Civil Veterinary Dept. North-West Frontier Province 1933-46 - 1933-1946
Year: 1933
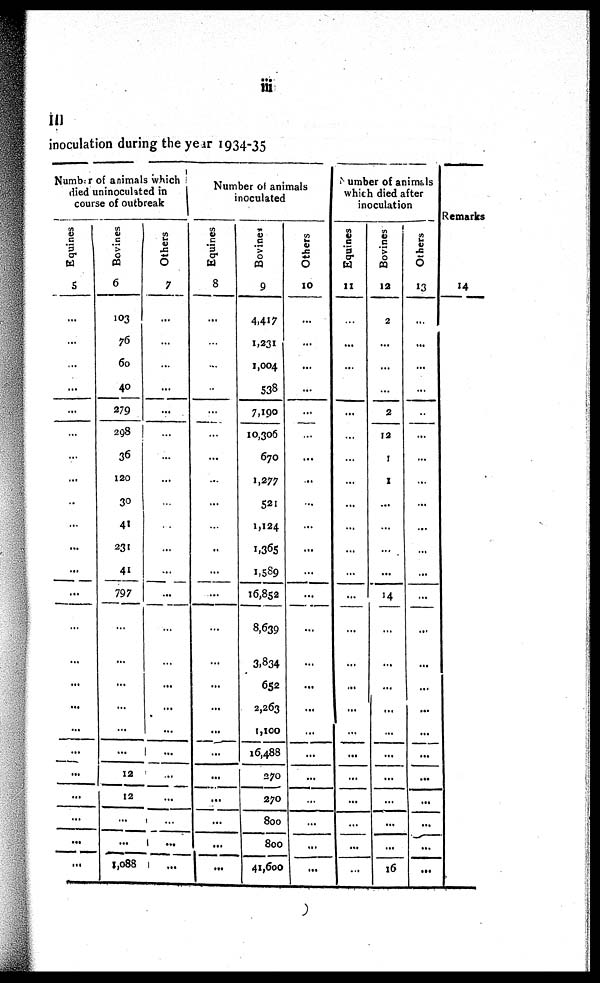
iii
III
inoculation during the year 1934-35
Number of animals which i
died uninoculated in
course of outbreak
Equines
5
...
...
...
...
...
...
...
...
..
...
...
...
...
...
...
...
...
...
...
...
...
...
...
...
Bovines
6
103
76
60
40
279
298
36
120
30
41
231
41
797
...
...
...
...
...
...
12
12
...
...
1,088
Others
7
...
...
...
...
...
...
...
...
...
..
...
...
...
...
...
...
...
...
...
...
...
...
...
...
Number of animals
inoculated
Equines
8
...
...
...
..
...
...
...
...
...
...
..
...
...
...
...
...
...
...
...
...
...
...
...
...
Bovines
9
4,417
1,231
1,004
538
7,190
10,306
670
1,277
521
1,124
1,365
1,589
16,852
8,639
3,834
652
2,263
1,100
16,488
270
270
800
800
41,600
Others
10
...
...
...
...
...
...
...
...
...
...
...
...
...
...
...
...
...
...
...
...
...
...
...
...
umber of animals
which died after
inoculation
Equines
11
...
...
...
...
...
...
...
...
...
...
...
...
...
...
...
...
...
...
...
...
...
...
Bovines
12
2
...
...
...
2
12
1
1
...
...
...
...
14
...
...
...
...
...
...
...
...
...
...
16
Others
13
...
...
...
...
..
...
...
...
...
...
...
...
...
...
...
...
...
...
...
...
...
...
...
...
Remarks.
14